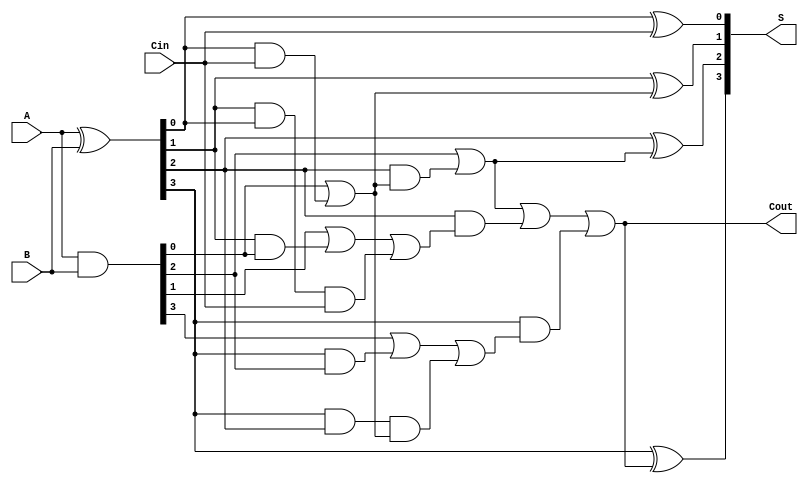
module BrentKungAdder(
    input [3:0] A,
    input [3:0] B,
    input Cin,
    output [3:0] S,
    output Cout
);

// Intermediate signals
wire [3:0] G; // Generate signals
wire [3:0] P; // Propagate signals
wire [3:0] C; // Carry signals

// Generate and Propagate signals
assign G = A & B;          // G[i] = A[i] & B[i]
assign P = A ^ B;          // P[i] = A[i] ^ B[i]

// Carry generation using Brent-Kung logic
// Level 1
wire [1:0] C1;
assign C1[0] = G[0] | (P[0] & Cin); // C[0] = G[0] + P[0] * Cin
assign C1[1] = G[1] | (P[1] & G[0]) | (P[1] & P[0] & Cin); // C[1]

// Level 2
wire [2:0] C2;
assign C2[0] = G[2] | (P[2] & C1[0]); // C[2]
assign C2[1] = G[3] | (P[3] & G[2]) | (P[3] & P[2] & C1[0]); // C[3]

// Final carry out
assign Cout = C2[0] | (P[2] & C1[1]) | (P[3] & C2[1]);

// Sum calculation
assign S[0] = P[0] ^ Cin; // S[0]
assign S[1] = P[1] ^ C1[0]; // S[1]
assign S[2] = P[2] ^ C2[0]; // S[2]
assign S[3] = P[3] ^ Cout; // S[3]

endmodule